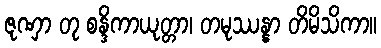
ဇုဏှာ တု စန္ဒိကာယုတ္တာ၊ တမုဿန္နာ တိမိသိကာ။